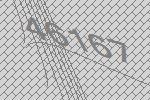
46167